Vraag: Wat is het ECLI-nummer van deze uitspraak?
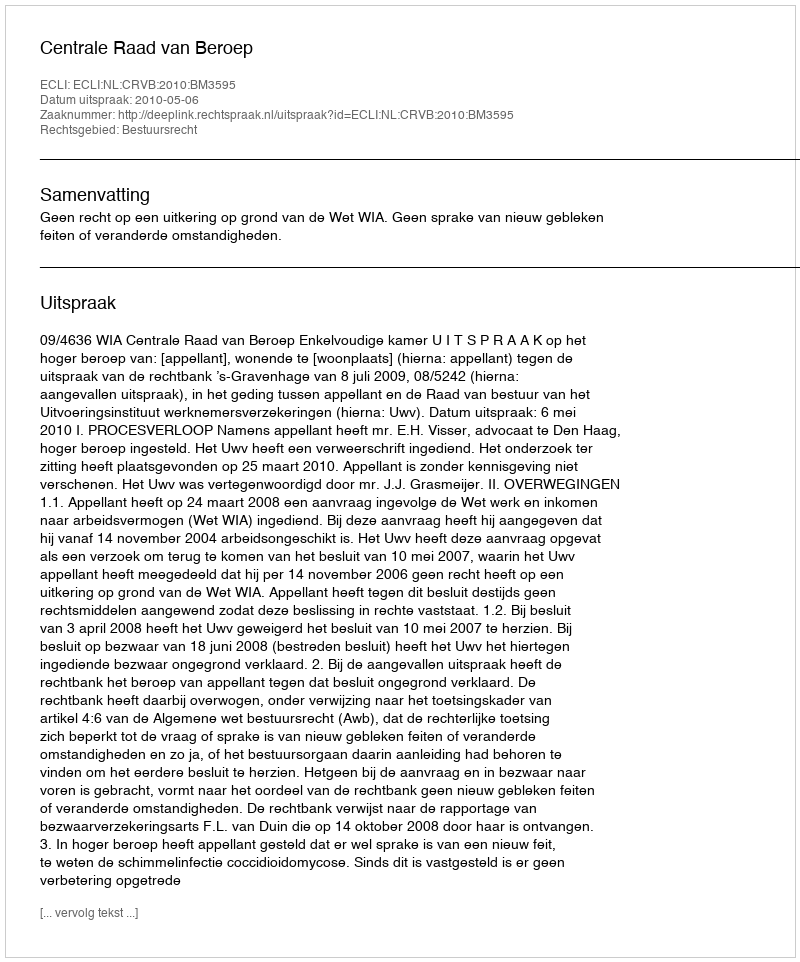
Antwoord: ECLI:NL:CRVB:2010:BM3595